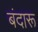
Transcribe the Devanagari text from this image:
बंदारू